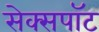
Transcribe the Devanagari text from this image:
सेक्सपॉट